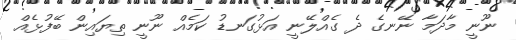
ނޫނީ މާދަމާ ނޭނގެ ދެ ގެއްލޭނީ އަޅުގަނޑު ކަމެއް ނޫނީ ތިޔައިން ބޭފުޅެއް